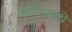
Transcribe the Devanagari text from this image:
आशियामधे